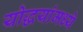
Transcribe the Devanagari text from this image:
योद्धयांमध्ये